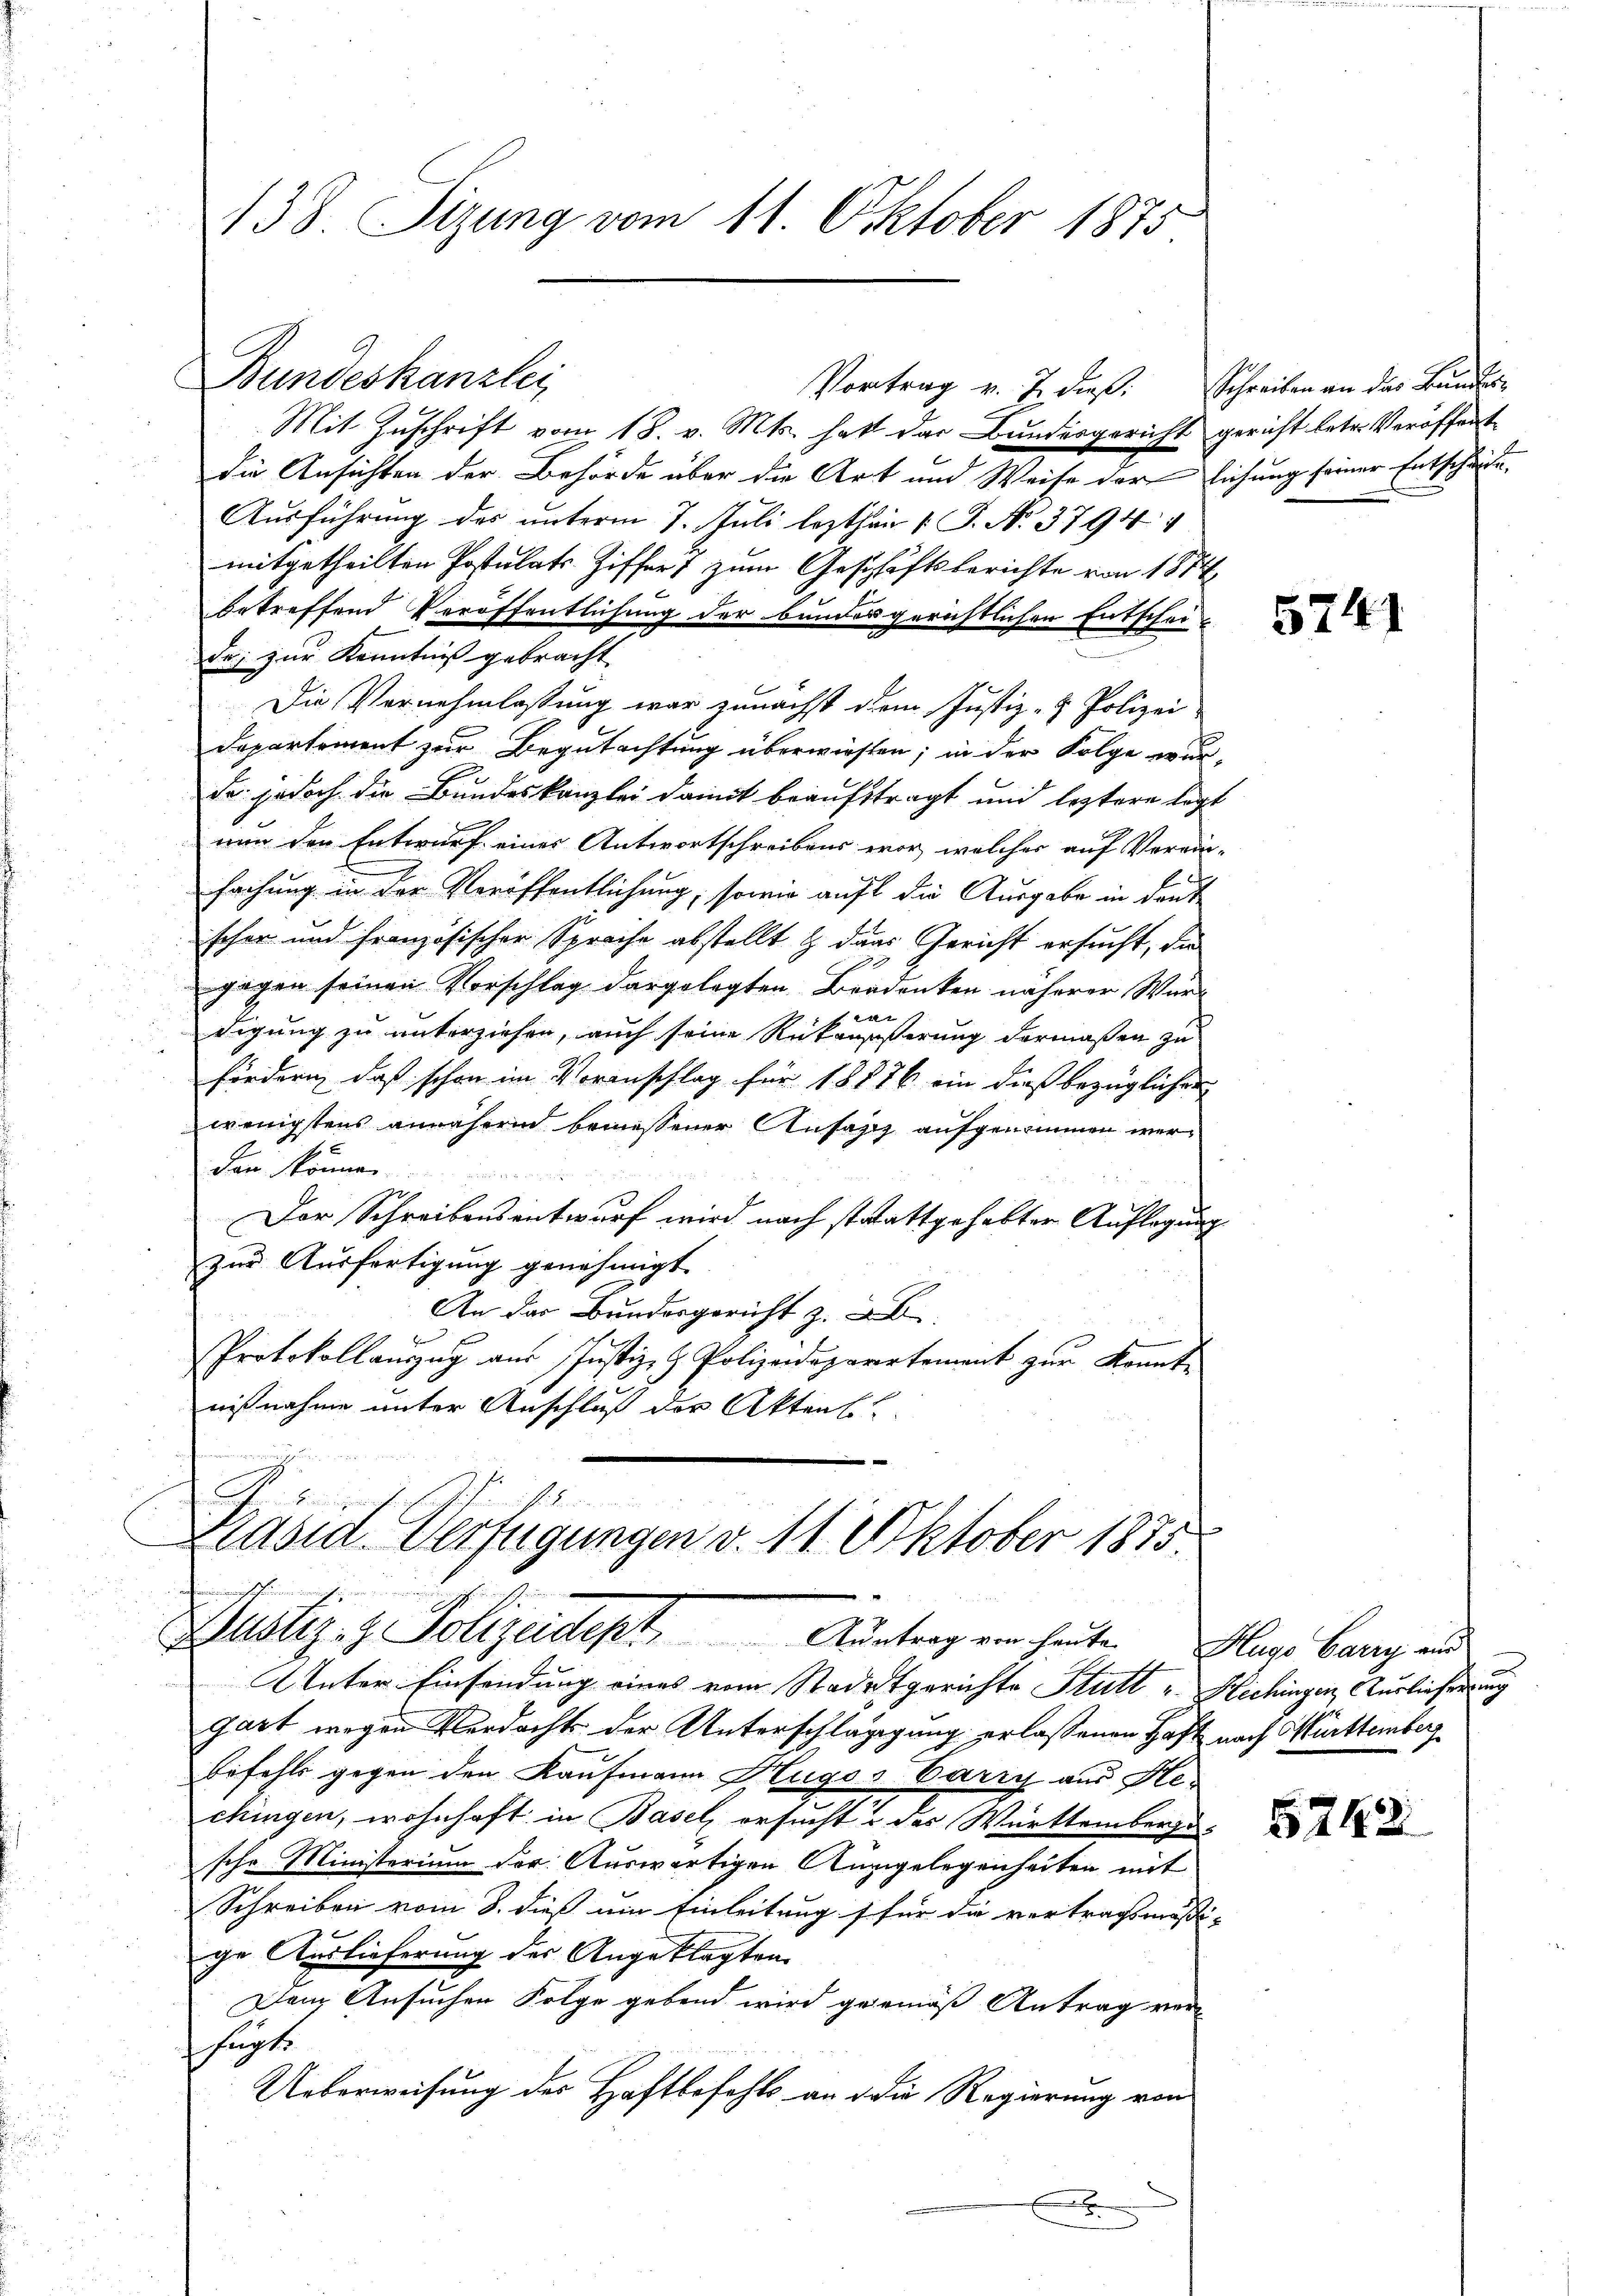
138. Sizung vom 11. Oktober 1875.

Bundeskanzlei

Vortrag v. J. dieß. Schreiben an das Bundes

Mit Zuschrift vom 18. v. Mts. hatt der Bundesgericht gericht betr. Veröffent
die Ansichten der Behörde über die Art und Weise der lichung seiner Entschärte,
Ausführung des unterm 7. Juli lezthin 1 S. N. 3794
mitgetheilten Postulats- Ziffer 7 zum Geschäftsberichte von 1874
betreffend Veröffentlichung der bundergerichtlichen Entschei
de; zur Kenntniß gebracht
Die Vernehmlassung war zunächst dem Justiz- & Polizei
Departement zur Begutachtung überwiesen; in der Folge wur-
da jedoch die Bundeskanzlei damit beauftragt und leztere legt
nun den Entwurf eines Antwortschreibens vor, welcher auf Verein-
fachung in der Veröffentlichung, sowie auf die Ausgabe in deut
schon und französischer Sprache abstellt & dans Gericht ersucht, die
gagen seinen Vorschlag dargelegten Bradenken näherer Würdigung zu unterziehen, auch seine Rükansäßerung dermaßen zu
fördern, daß schon im Voranschlag für 18876 ein dieß bezüglicher
wenigstens annähernd bemessener Ansatz aufgenommen werden können.
Der Schreibensentwurf wird nach stattgehabter Auflegung
zur Ausfertigung genehmigt
An das Bundesgericht z. B.
Protokollaŭszŭg aŭs Justiz- & Polizeidepartement zur Kennte
nißnahme unter Anschluß der Aktens
u
Präsid. Verfügungen d. 11. Oktober 1875.
Justiz- & Polizeidest. Austrag ein heuten Klage bang und
Unter Einsendung eines vom Stadtgerichte Stutt "Hechingen Auslieferung
gart wegen Verdachts der Unterschlägigung erlassenen Haft nach Württemberg
befehls gegen den Kaufmann Hugos Barry aus Hechingen, wohnhaft in Basel ersucht das Württemberge-
sche Ministerium der Auswärtigen Anzugelegenheiten mit
Schreiben vom 8. dieß um Einleitung für die vertragsmässi-
ge Auslieferung der Angeklagten
Den Ansuchen Folge gebend wird gemäß Antrag verfugte
Ueberweisung der Haftbefehls an die Regierung von
f

5741

5242